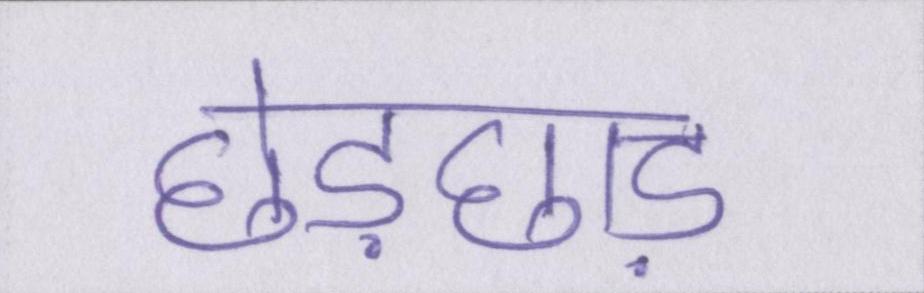
छेड़छाड़